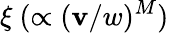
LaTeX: \xi~(\propto(\mathbf{v}/w)^{M})